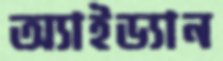
অ্যাইড্যান